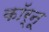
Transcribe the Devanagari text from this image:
कॉर्नू